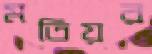
মতিয়র